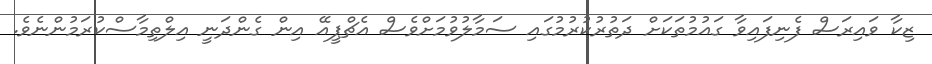
ޒިކާ ވައިރަސް ފެނިފައިވާ ގައުމުތަކަށް ދަތުރުކުރުމުގައި ސަމާލުވުމަށްވެސް އެޗްޕީއޭ އިން ގެންދަނީ އިލްތިމާސްކުރަމުންނެވެ.